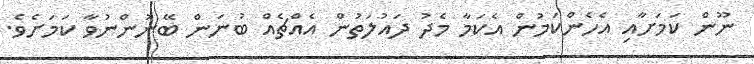
ނޫން ކަމަށާއި އެހެންކަމުން އެކަމާ މެދު ދައުލަތުން އެއްޗެއް ބުނަން ބޭނުންނުވާ ކަމަށެވެ.